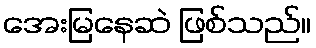
အေးမြနေဆဲ ဖြစ်သည်။